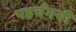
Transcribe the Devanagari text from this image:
पहचँगयी